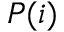
P ( i )